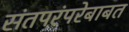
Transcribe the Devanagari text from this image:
संतपरंपरेबाबत